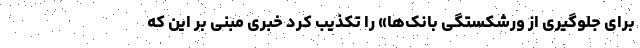
برای جلوگیری از ورشکستگی بانک‌ها» را تکذیب کرد خبری مبنی بر این که